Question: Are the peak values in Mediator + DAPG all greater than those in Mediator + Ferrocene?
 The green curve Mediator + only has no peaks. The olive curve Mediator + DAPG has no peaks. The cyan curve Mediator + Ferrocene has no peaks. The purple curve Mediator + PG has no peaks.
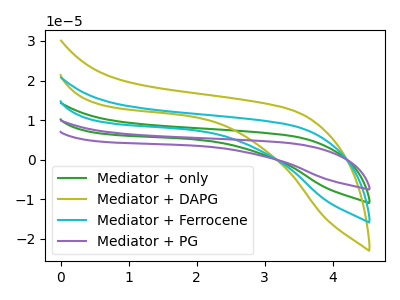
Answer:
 <answer>Niether CV has any peaks.</answer>
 <eval>blanks</eval>